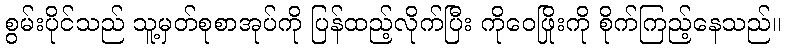
စွမ်းပိုင်သည် သူ့မှတ်စုစာအုပ်ကို ပြန်ထည့်လိုက်ပြီး ကိုဝေဖြိုးကို စိုက်ကြည့်နေသည်။